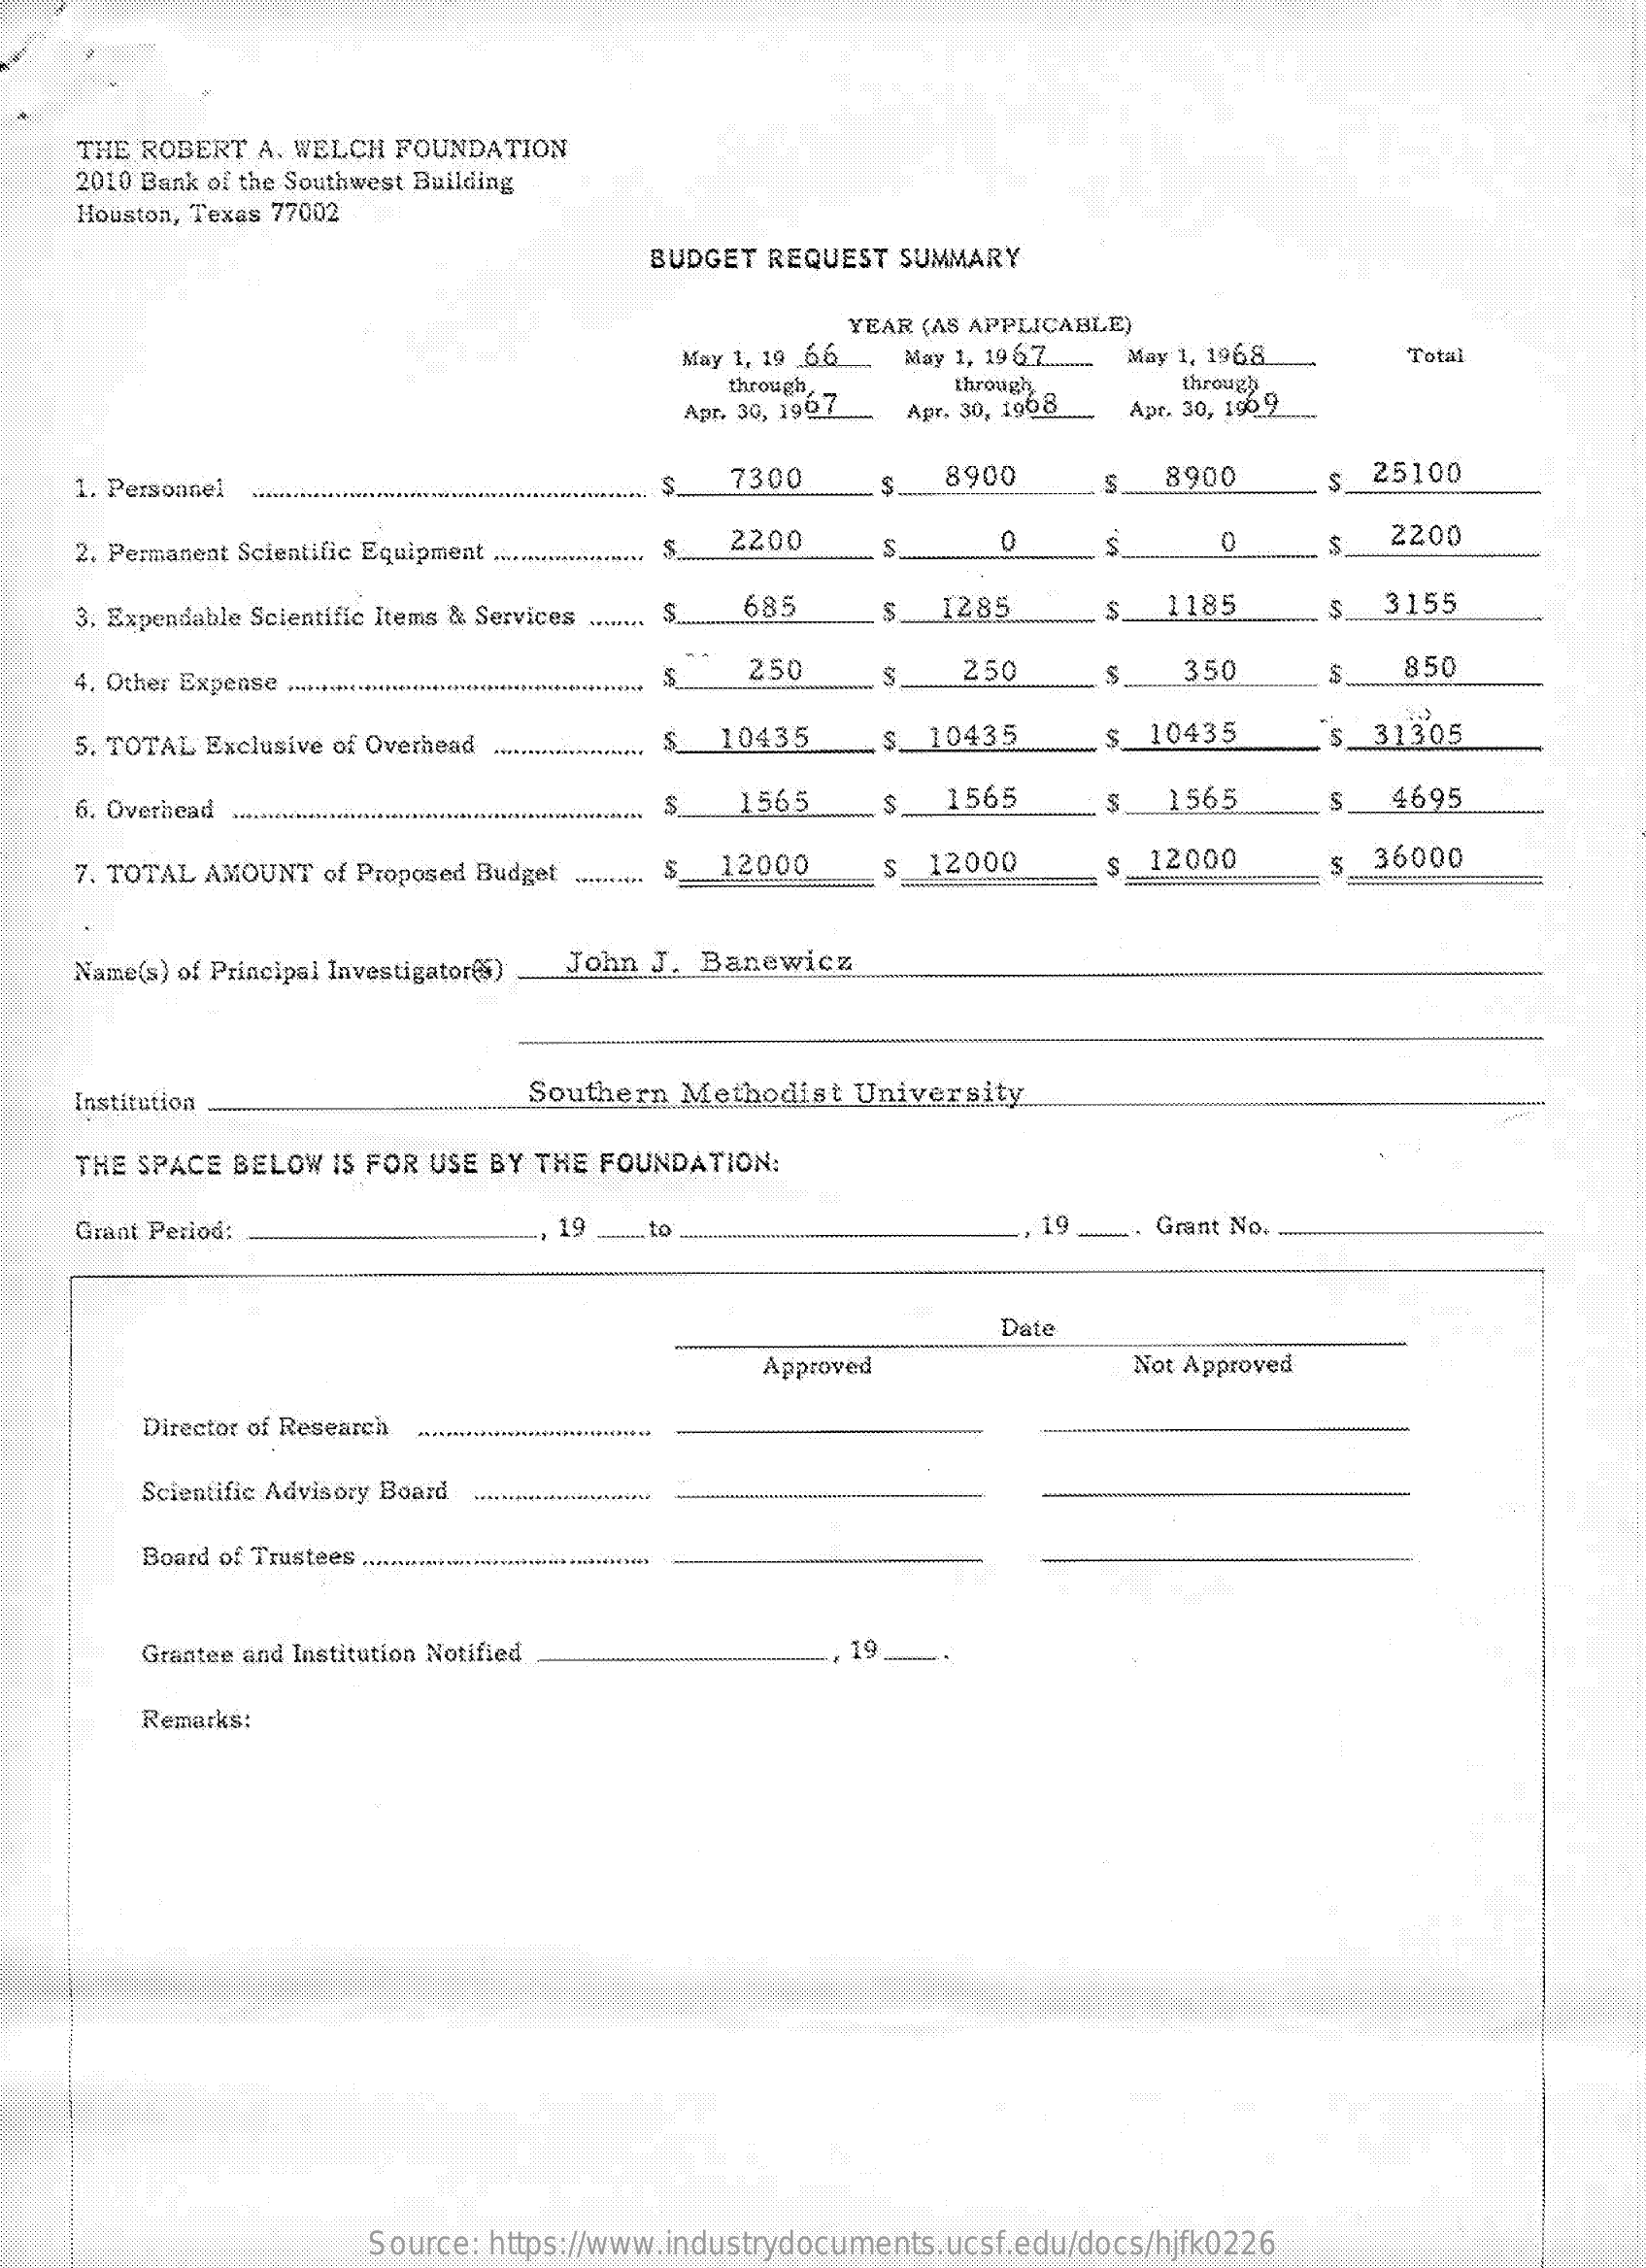
THE ROBERT  A. WELCH FOUNDATION
     2010 Bank of the Southwest Building
     Houston, Texas 77002
     BUDGET REQUEST  SUMMARY
     YEAR (AS APPLICABLE)
     May 1, 19 6.6. May 1, 19 6 2 ....... May 1, 1968 Total
     through,    through    through
     Apr. 30, 1907 Apr. 30, 1968  Apt. 30, 190.9
     1. Personnel    7300    25100
     S
     8900    8900
     2. Permanent Scientific Equipment ..........
     2200
     S    0    2200
     3. Expendable Scientific Items & Services .......
     685    S  1285    1185    3155
     4. Other Expense ********
     5    250    250    350    850
     5. TOTAL Exclusive of Overhead    10435    10435    10435    $  31305
     6. Overhead .....    $    1565    1565    1565    4695
     7. TOTAL AMOUNT of Proposed Budget    S    12000    S  12000    12000    36000
     Name(s) of Principal Investigator(S) John J. Banewicz
     Institution    Southern  Methodist  University
     THE SPACE BELOW  IS FOR USE BY THE FOUNDATION:
     Grant Period:    19   .to    19. ---- Grant No.
     Date
     Approved    Not Approved
     Director of Research
     Scientific Advisory Board
     Board of Trustees ...............
     Grantee and Institution Notified    19
     Remarks:
     Source: https://www.industrydocuments.ucsf.edu/docs/hjfk0226